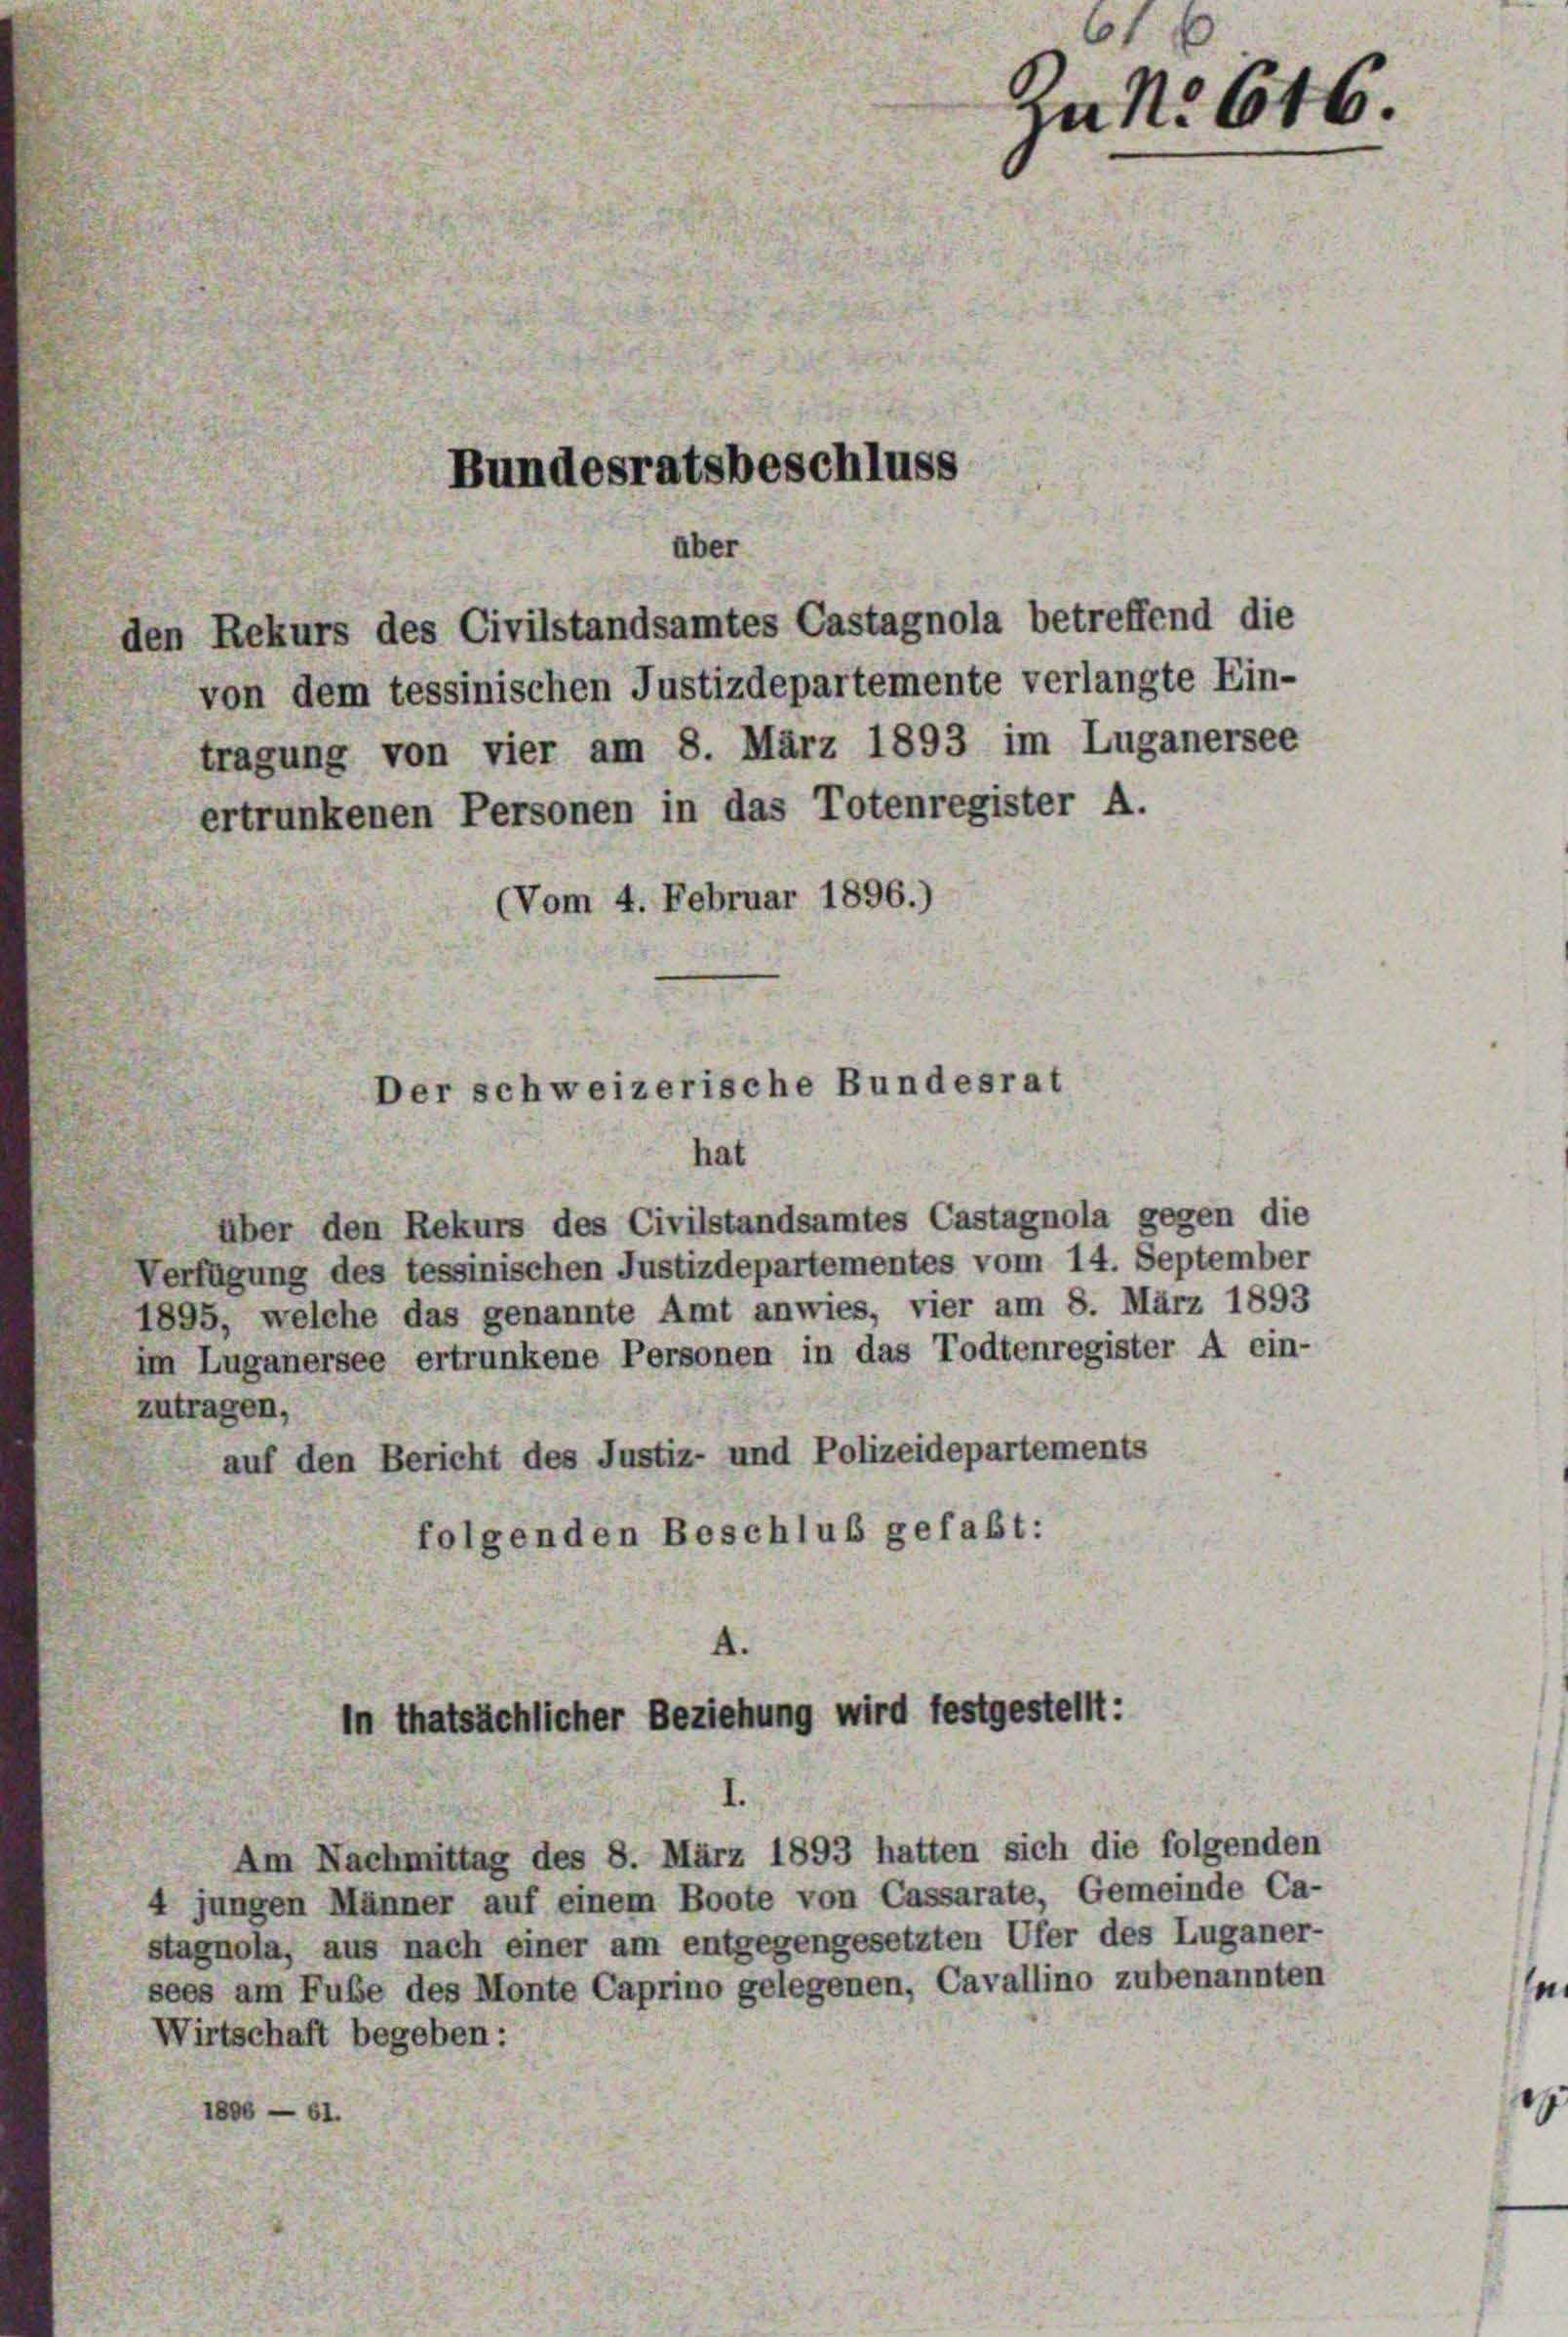
Bundesratsbeschluss
über

den Rekurs des Civilstandsamtes Castagnola betreffend die

von dem tessinischen Justizdepartemente verlangte Ein-
tragung von vier am 8. März 1893 im Luganersee
ertrunkenen Personen in das Totenregister A.
(Vom 4. Februar 1896.)
hat
über den Rekurs des Civilstandsamtes Castagnola gegen die
Verfügung des tessinischen Justizdepartementes vom 14. September
1895, welche das genannte Amt anwies, vier am 8. März 1893
im Luganersee ertrunkene Personen in das Todtenregister A ein-
zutragen,
auf den Bericht des Justiz- und Polizeidepartements
folgenden Beschluß gefaßt:
4.
in thatsächlicher Beziehung wird festgestellt:
Am Nachmittag des 8. März 1893 hatten sich die folgenden
4 jungen Männer auf einem Boote von Cassarate, Gemeinde Ca-
stagnola, aus nach einer am entgegengesetzten Ufer des Luganer-
sees am Fuße des Monte Caprino gelegenen, Cavallino zubenannten
Wirtschaft begeben:
1806 — 61.

Der schweizerische Bundesrat

61 x
zu No 646.